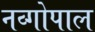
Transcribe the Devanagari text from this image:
नव्गोपाल